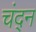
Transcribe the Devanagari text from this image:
चंद्न